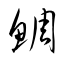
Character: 鯛